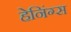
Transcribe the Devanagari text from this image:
हेनिंग्स